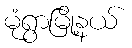
မုံရွာမြို့နယ်